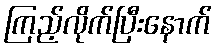
ကြည့်လိုက်ပြီးနောက်